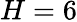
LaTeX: H=6